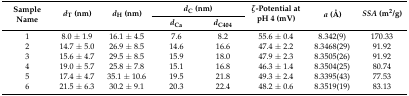
<table><thead><tr><td rowspan="2"><b>Sample Name</b></td><td rowspan="2"><b><i>d</i><sub>T</sub> (nm)</b></td><td rowspan="2"><b><i>d</i><sub>H</sub> (nm)</b></td><td colspan="2"><b><i>d</i><sub>C</sub> (nm)</b></td><td rowspan="2"><b><i>ζ</i>-Potential at pH 4 (mV)</b></td><td rowspan="2"><b><i>a</i> (Å)</b></td><td rowspan="2"><b><i>SSA</i> (m<sup>2</sup>/g)</b></td></tr><tr><td><b><i>d</i><sub>Ca</sub></b></td><td><b><i>d</i><sub>C404</sub></b></td></tr></thead><tbody><tr><td>1</td><td>8.0 ± 1.9</td><td>16.1 ± 4.5</td><td>7.6</td><td>8.2</td><td>55.6 ± 0.4</td><td>8.342(9)</td><td>170.33</td></tr><tr><td>2</td><td>14.7 ± 5.0</td><td>26.9 ± 8.5</td><td>14.6</td><td>16.6</td><td>47.4 ± 2.2</td><td>8.3468(29)</td><td>91.92</td></tr><tr><td>3</td><td>15.6 ± 4.7</td><td>29.5 ± 8.5</td><td>15.9</td><td>18.0</td><td>47.9 ± 2.3</td><td>8.3505(26)</td><td>91.92</td></tr><tr><td>4</td><td>19.0 ± 5.7</td><td>25.8 ± 7.8</td><td>15.1</td><td>16.8</td><td>46.3 ± 1.4</td><td>8.3504(25)</td><td>80.74</td></tr><tr><td>5</td><td>17.4 ± 4.7</td><td>35.1 ± 10.6</td><td>19.5</td><td>21.8</td><td>49.3 ± 2.4</td><td>8.3395(43)</td><td>77.53</td></tr><tr><td>6</td><td>21.5 ± 6.3</td><td>30.2 ± 9.1</td><td>20.3</td><td>22.4</td><td>48.2 ± 0.6</td><td>8.3519(19)</td><td>83.13</td></tr></tbody></table>